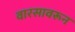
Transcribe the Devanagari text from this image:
वारसावरून